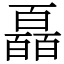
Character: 𤾩